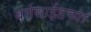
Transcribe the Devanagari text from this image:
बर्नसाईडच्या